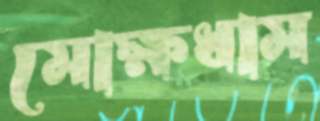
মোক্ষধাম